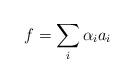
LaTeX: \begin{align*}f=\sum_i\alpha_i a_i\end{align*}